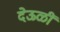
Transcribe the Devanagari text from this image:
देऊळीं